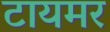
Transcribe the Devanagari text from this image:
टायमर